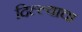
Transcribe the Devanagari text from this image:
दिल्ल्याचा